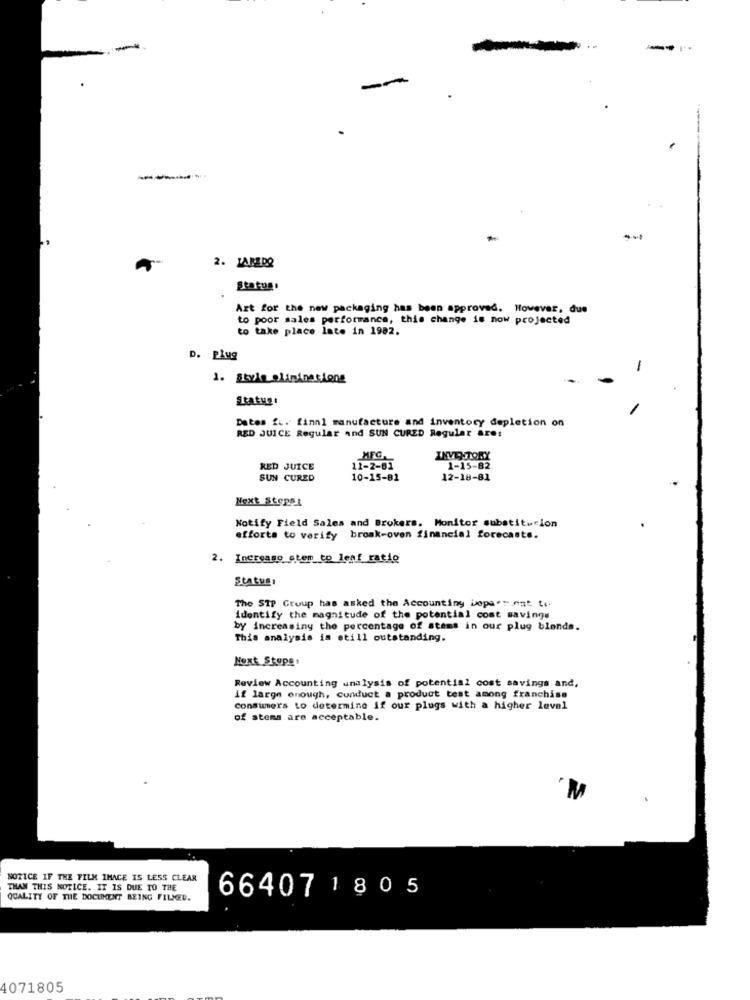
-
2. JARZDO
Art for the new packaging has been approved. However, due
to poor sales performance, this change is now projected
to take place late in 1982.
D. Plug
-
1. Style olininations
Status:
Dates fu. finnl manufacture and inventory depletion on
RED JUICE Regular and SUN CURED Regular ares
INVENTORY
RED JUICE
12-2-81
1-15-82
SUN CURED
10-15-81
12-18-81
Next Steppt
Notify Field Sales and Brokers. Monitor substitucion
efforts to verify broak-oven financial forecasts.
2. Increase stem to leaf ratio
Status:
The SIP Group has asked the Accounting jeps.sont to.
identify the magnitude of the potential cost savings
by increasing the percentage of stems in our plug blonds.
This analysis is still outstanding.
Next Stopg:
Review Accounting analysis of potential cost savings and,
if large enough, conduct a product test among franchise
Consumers to determine if our plugs with a higher level
of stema are acceptable.
NOTICE IF THE FILM IHACE IS LESS CLEAR
THAN THIS NOTICE. IT IS DUE TO THE
664071805
QUALITY OF THE DOCUMENT BEING FILMED.
4071805